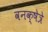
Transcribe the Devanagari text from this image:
वनक्षेत्रे